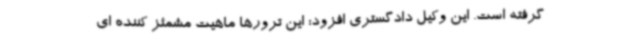
گرفته است. این وکیل دادگستری افزود: این ترورها ماهیت مشمئز کننده ای